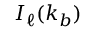
I _ { \ell } ( k _ { b } )